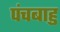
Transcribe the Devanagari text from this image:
पंचबाहु